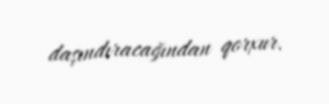
daşındıracağından qorxur.